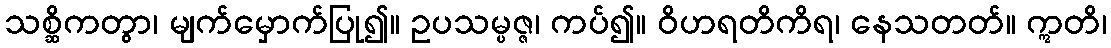
သစ္ဆိကတွာ၊ မျက်မှောက်ပြု၍။ ဥပသမ္ပဇ္ဇ၊ ကပ်၍။ ဝိဟရတိကိရ၊ နေသတတ်။ ဣတိ၊